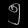
Digit: ၅